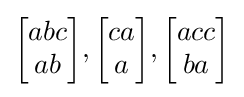
{{\begin{bmatrix}abc\\ab\end{bmatrix}},{\begin{bmatrix}ca\\a\end{bmatrix}},{\begin{bmatrix}acc\\ba\end{bmatrix}}}